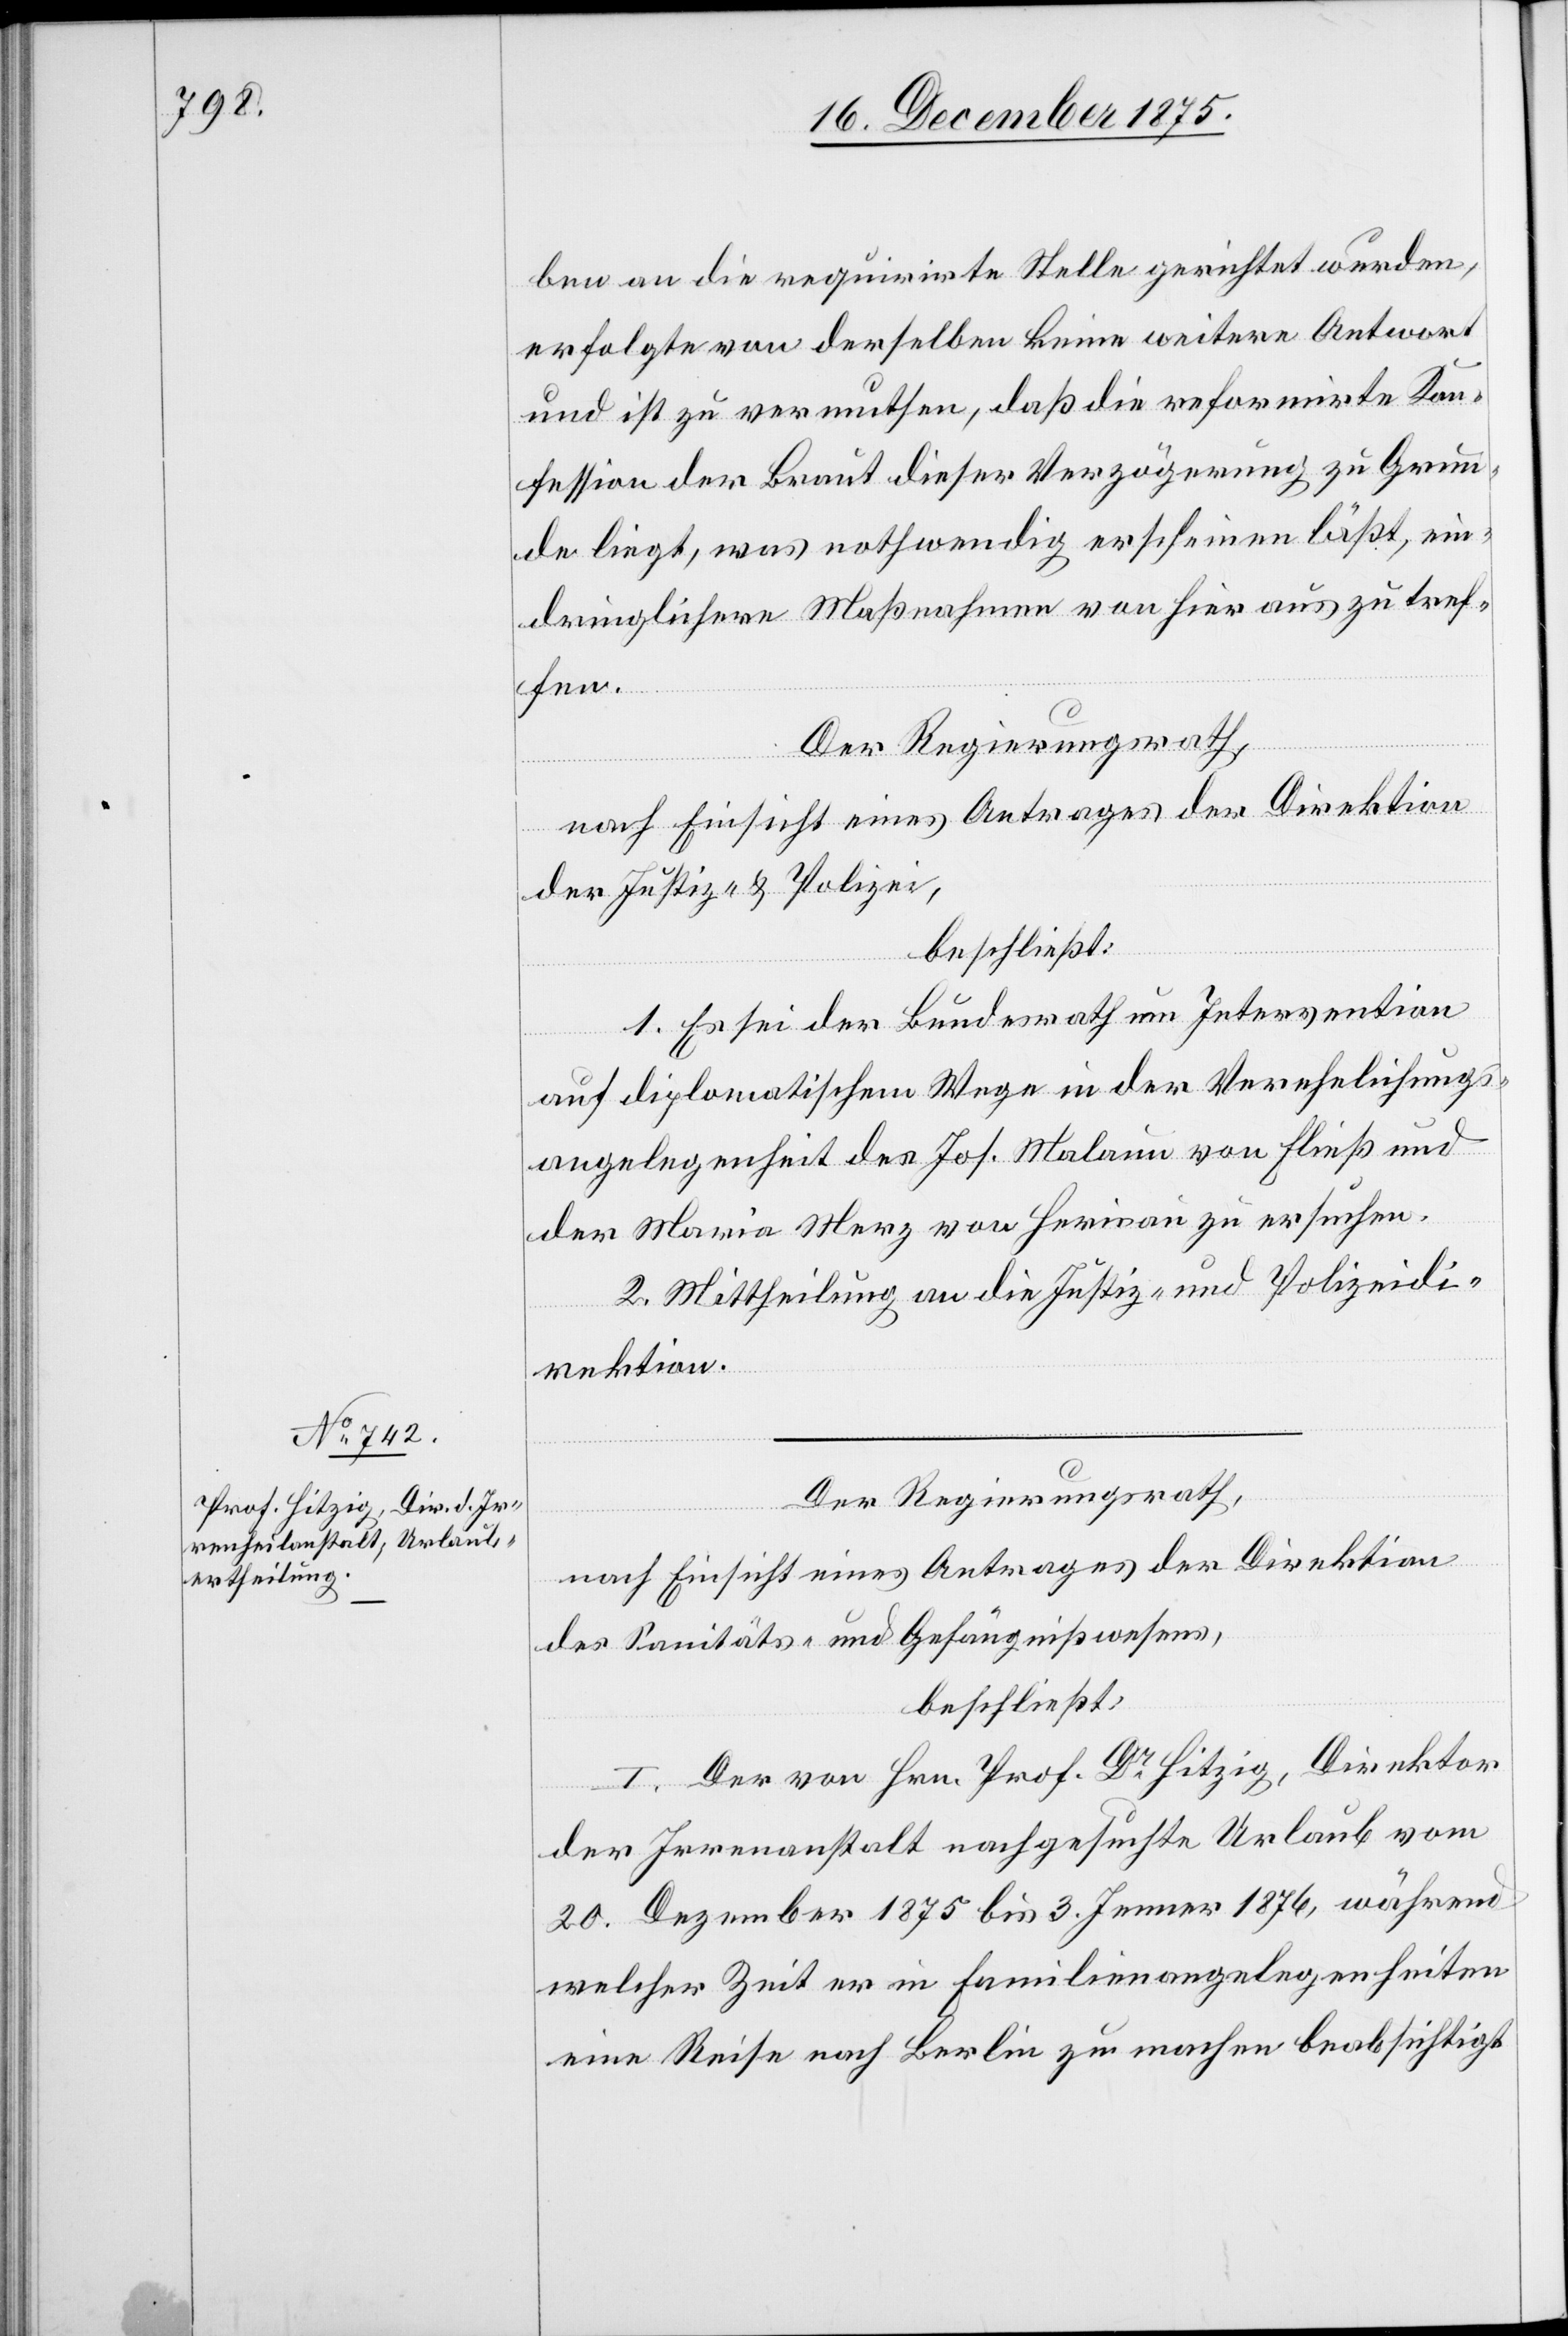
ben an die requirirte Stelle gerichtet wurden,
erfolgte von derselben keine weitere Antwort
und ist zu vermuthen, daß die reformirte Kon¬
fession der Braut dieser Verzögerung zu Grun¬
de liegt, was nothwendig erscheinen läßt, ein¬
dringlichere Maßnahmen von hier aus zu tref¬
fen.
Der Regierungsrath,
nach Einsicht eines Antrages der Direktion
der Justiz & Polizei,
beschließt:
1. Es sei der Bundesrath um Intervention
auf diplomatischem Wege in der Verehelichungs¬
angelegenheit des Jos. Malaun von Fließ und
der Maria Merz von Herisau zu ersuchen.
2. Mittheilung an die Justiz- und Polizeidi¬
rektion.
Der Regierungsrath,
nach Einsicht eines Antrages der Direktion
des Sanitäts- und Gefängnißwesens,
beschließt:
I. Der von Hrn. Prof. Hitzig, Direktor
der Irrenheilanstalt nachgesuchte Urlaub vom
20. Dezember 1875 bis 3. Jenner 1876, während
welcher Zeit er in Familienangelegenheiten
eine Reise nach Berlin zu machen beabsichtigt